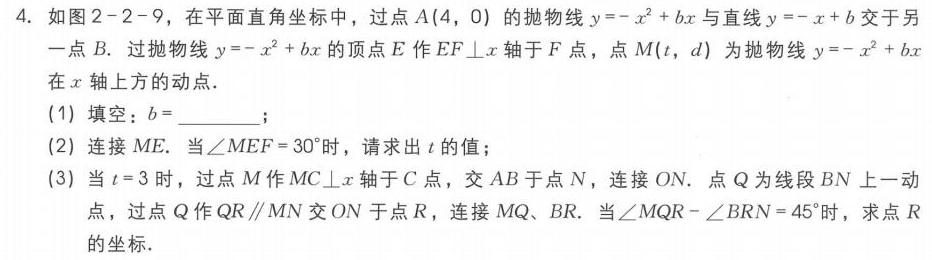
4. 如图 2 - 2 - 9，在平面直角坐标系中，过点 \(A(4,0)\) 的抛物线 \(y=-x^{2}+bx\) 与直线 \(y=-x + b\) 交于另一点 \(B\). 过抛物线 \(y=-x^{2}+bx\) 的顶点 \(E\) 作 \(EF\perp x\) 轴于 \(F\) 点，点 \(M(t,d)\) 为抛物线 \(y=-x^{2}+bx\) 在 \(x\) 轴上方的动点.
(1) 填空：\(b = \_\_\_\_\_\)；
(2) 连接 \(ME\). 当\(\angle MEF = 30^{\circ}\) 时，请求出 \(t\) 的值；
(3) 当 \(t = 3\) 时，过点 \(M\) 作 \(MC\perp x\) 轴于 \(C\) 点，交 \(AB\) 于点 \(N\)，连接 \(ON\). 点 \(Q\) 为线段 \(BN\) 上一动点，过点 \(Q\) 作 \(QR\parallel MN\) 交 \(ON\) 于点 \(R\)，连接 \(MQ\)、\(BR\). 当\(\angle MQR-\angle BRN = 45^{\circ}\) 时，求点 \(R\) 的坐标.